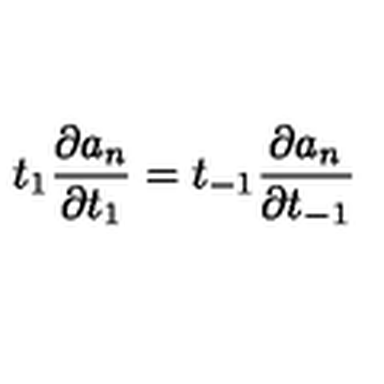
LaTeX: t _ { 1 } \frac { \partial a _ { n } } { \partial t _ { 1 } } = t _ { - 1 } \frac { \partial a _ { n } } { \partial t _ { - 1 } }